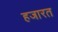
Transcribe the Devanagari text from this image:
हजारत